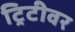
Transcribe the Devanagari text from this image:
ट्रिटीवर